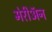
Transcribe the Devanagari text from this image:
मेरीॲन